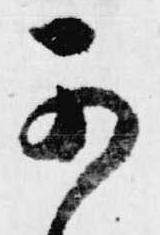
可